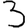
Digit: 3